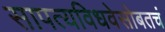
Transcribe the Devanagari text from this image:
सापत्यविधवेसोबतचं